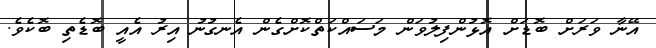
އޭނާ ވަރަށް ބޮޑަށް އޮޅުންފިލުވަން މަސައްކަތްކޮށްގެން އެނގުނު އިރު އެއީ ބޮޑެތި ބޮކެވެ.